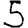
Digit: 5